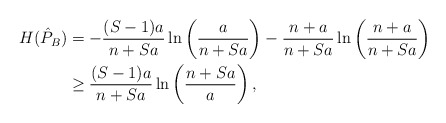
\begin{align*} H(\hat{P}_B) & = -\frac{(S-1)a}{n+Sa}\ln\left(\frac{a}{n+Sa}\right) -\frac{n+a}{n+Sa}\ln\left(\frac{n+a}{n+Sa}\right) \\ & \ge \frac{(S-1)a}{n+Sa}\ln\left(\frac{n+Sa}{a}\right), \end{align*}